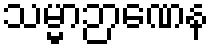
သမ္မာဉာဏေန